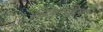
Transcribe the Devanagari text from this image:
विमाहित